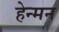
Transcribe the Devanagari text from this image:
हेन्मन